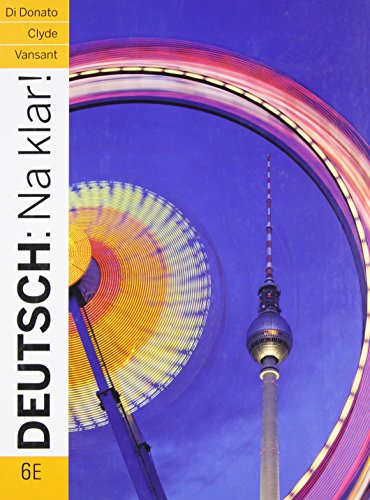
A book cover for Deutsch: Na klar! An Introductory German Course 6th Edition; Robert Di Donato; Reference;